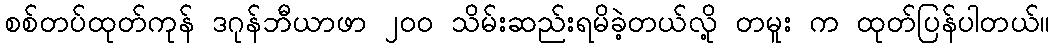
စစ်တပ်ထုတ်ကုန် ဒဂုန်ဘီယာဖာ ၂၀၀ သိမ်းဆည်းရမိခဲ့တယ်လို့ တမူး က ထုတ်ပြန်ပါတယ်။